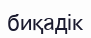
биқадік